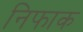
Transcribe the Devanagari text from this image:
निफाक